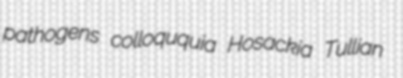
pathogens colloququia Hosackia Tullian